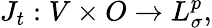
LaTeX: J_{t}:V\times O\to L_{\sigma}^{p},